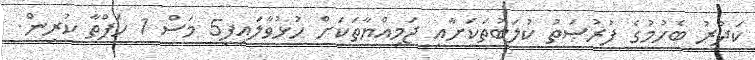
ކަދުރު ބެހުމުގެ ފުރުޞަތު ކުލަބުތަކަށާއި ޖަމިއްޔާތަކަށް ހުޅުވާލައިފި5 މަސް 1 ހަފްތާ ކުރިން.